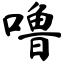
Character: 噜